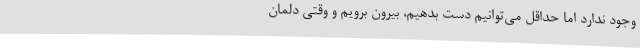
وجود ندارد اما حداقل می‌توانیم دست بدهیم، بیرون برویم و وقتی دلمان